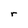
Character: r